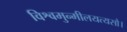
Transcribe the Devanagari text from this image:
विश्वमुन्मीलयत्यसौ।